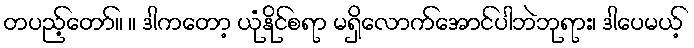
တပည့်တော်။ ။ ဒါကတော့ ယုံနိုင်စရာ မရှိလောက်အောင်ပါဘဲဘုရား၊ ဒါပေမယ့်